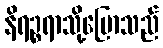
နိရဉ္စရာသို့ပြောသည်